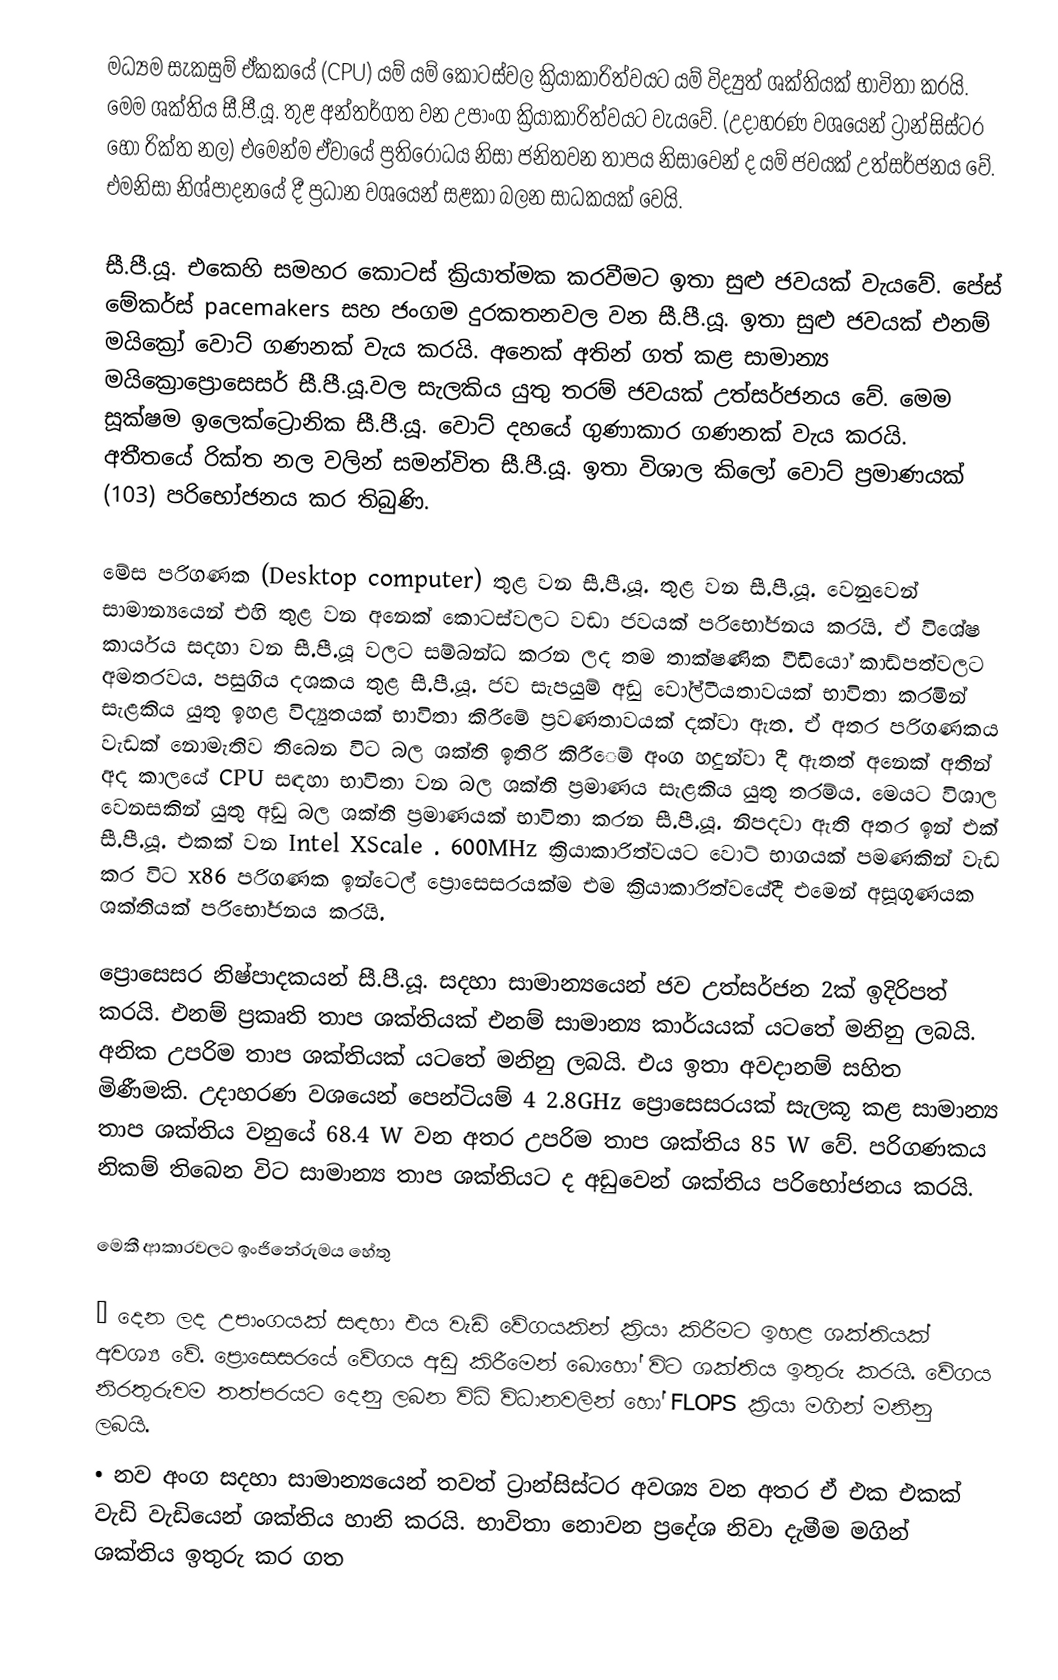
මධ්‍යම සැකසුම් ඒකකයේ (CPU) යම් යම් කොටස්වල ක්‍රියාකාරිත්වයට යම් විද්‍යුත් ශක්තියක් භාවිතා කරයි. මෙම ශක්තිය සී.පී.යූ. තුළ අන්තර්ගත වන උපාංග ක්‍රියාකාරිත්වයට වැයවේ. (උදාහරණ වශයෙන් ට්‍රාන්සිස්ටර හෝ රික්ත නල) එමෙන්ම ඒවායේ ප්‍රතිරෝධය නිසා ජනිතවන තාපය නිසාවෙන් ද යම් ජවයක් උත්සර්ජනය වේ. එමනිසා නිශ්පාදනයේ දී ප්‍රධාන වශයෙන් සළකා බලන සාධකයක් වෙයි.

සී.පී.යූ. එකෙහි සමහර කොටස් ක්‍රියාත්මක කරවීමට ඉතා සුළු ජවයක් වැයවේ. පේස් මේකර්ස් pacemakers  සහ ජංගම දුරකතනවල වන සී.පී.යූ. ඉතා සුළු ජවයක් එනම් මයික්‍රෝ වොට් ගණනක් වැය කරයි. අනෙක් අතින් ගත් කළ සාමාන්‍ය මයික්‍රොප්‍රොසෙසර් සී.පී.යූ.වල සැලකිය යුතු තරම් ජවයක් උත්සර්ජනය වේ. මෙම සූක්ෂම ඉලෙක්ට්‍රොනික සී.පී.යූ. වොට් දහයේ ගුණාකාර ගණනක් වැය කරයි. අතීතයේ රික්ත නල වලින් සමන්විත සී.පී.යූ. ඉතා විශාල කිලෝ වොට් ප්‍රමාණයක් (103)  පරිභෝජනය කර තිබුණි.

මේස පරිගණක (Desktop computer) තුළ වන සී.පී.යූ. තුළ වන සී.පී.යූ. වෙනුවෙන් සාමාන්‍යයෙන් එහි තුළ වන අනෙක් කොටස්වලට වඩා ජවයක් පරිභෝජනය කරයි. ඒ විශේෂ කාර්යය සදහා වන සී.පී.යූ වලට සම්බන්ධ කරන ලද තම තාක්ෂණික වීඩියෝ කාඩ්පත්වලට අමතරවය. පසුගිය දශකය තුළ සී.පී.යූ. ජව සැපයුම් අඩු වෝල්ටීයතාවයක් භාවිතා කරමින් සැළකිය යුතු ඉහළ විද්‍යුතයක් භාවිතා කිරීමේ ප්‍රවණතාවයක් දක්වා ඇත. ඒ අතර පරිගණකය වැඩක් නොමැතිව තිබෙන විට බල ශක්ති ඉතිරි කිරී‍ෙම් අංග හදුන්වා දී ඇතත්  අනෙක් අතින් අද කාලයේ CPU සඳහා භාවිතා වන බල ශක්ති ප්‍රමාණය සැළකිය යුතු තරම්ය. මෙයට විශාල වෙනසකින් යුතු අඩු බල ශක්ති ප්‍රමාණයක් භාවිතා කරන  සී.පී.යූ. නිපදවා ඇති අතර ඉන් එක් සී.පී.යූ. එකක් වන Intel XScale . 600MHz ක්‍රියාකාරිත්වයට වොට් භාගයක් පමණකින් වැඩ කර විට x86 පරිගණක ඉන්ටෙල් ප්‍රොසෙසරයක්ම එම ක්‍රියාකාරිත්වයේදී එමෙන් අසූගුණයක ශක්තියක් පරිභෝජනය කරයි.

ප්‍රොසෙසර නිෂ්පාදකයන් සී.පී.යූ. සදහා සාමාන්‍යයෙන් ජව උත්සර්ජන 2ක් ඉදිරිපත් කරයි. එනම් ප්‍රකෘති තාප ශක්තියක් එනම් සාමාන්‍ය කාර්යයක් යටතේ මනිනු ලබයි. අනික උපරිම තාප ශක්තියක් යටතේ මනිනු ලබයි. එය ඉතා අවදානම් සහිත මිණීමකි. උදාහරණ වශයෙන් පෙන්ටියම් 4 2.8GHz ප්‍රොසෙසරයක් සැලකූ කළ සාමාන්‍ය තාප ශක්තිය වනුයේ 68.4 W වන අතර උපරිම තාප ශක්තිය 85 W වේ. පරිගණකය නිකම් තිබෙන විට සාමාන්‍ය තාප ශක්තියට ද අඩුවෙන් ශක්තිය පරිභෝජනය කරයි.

මෙකී ආකාරවලට ඉංජිනේරුමය හේතු

•	දෙන ලද උපාංගයක් සඳහා එය වැඩි වේගයකින් ක්‍රියා කිරීමට ඉහළ ශක්තියක් අවශ්‍ය වේ. ප්‍රොසෙසරයේ වේගය අඩු කිරීමෙන් බොහෝ විට ශක්තිය ඉතුරු කරයි. වේගය නිරතුරුවම තත්පරයට දෙනු ලබන විධි විධානවලින් හෝ FLOPS ක්‍රියා මගින් මනිනු ලබයි.
•	නව අංග සදහා සාමාන්‍යයෙන් තවත් ට්‍රාන්සිස්ටර අවශ්‍ය වන අතර ඒ එක එකක් වැඩි වැඩියෙන් ශක්තිය හානි කරයි. භාවිතා නොවන ප්‍රදේශ නිවා දැමීම මගින් ශක්තිය ඉතුරු කර ගත